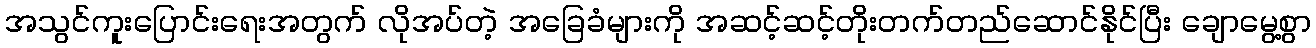
အသွင်ကူးပြောင်းရေးအတွက် လိုအပ်တဲ့ အခြေခံများကို အဆင့်ဆင့်တိုးတက်တည်ဆောင်နိုင်ပြီး ချောမွေ့စွာ